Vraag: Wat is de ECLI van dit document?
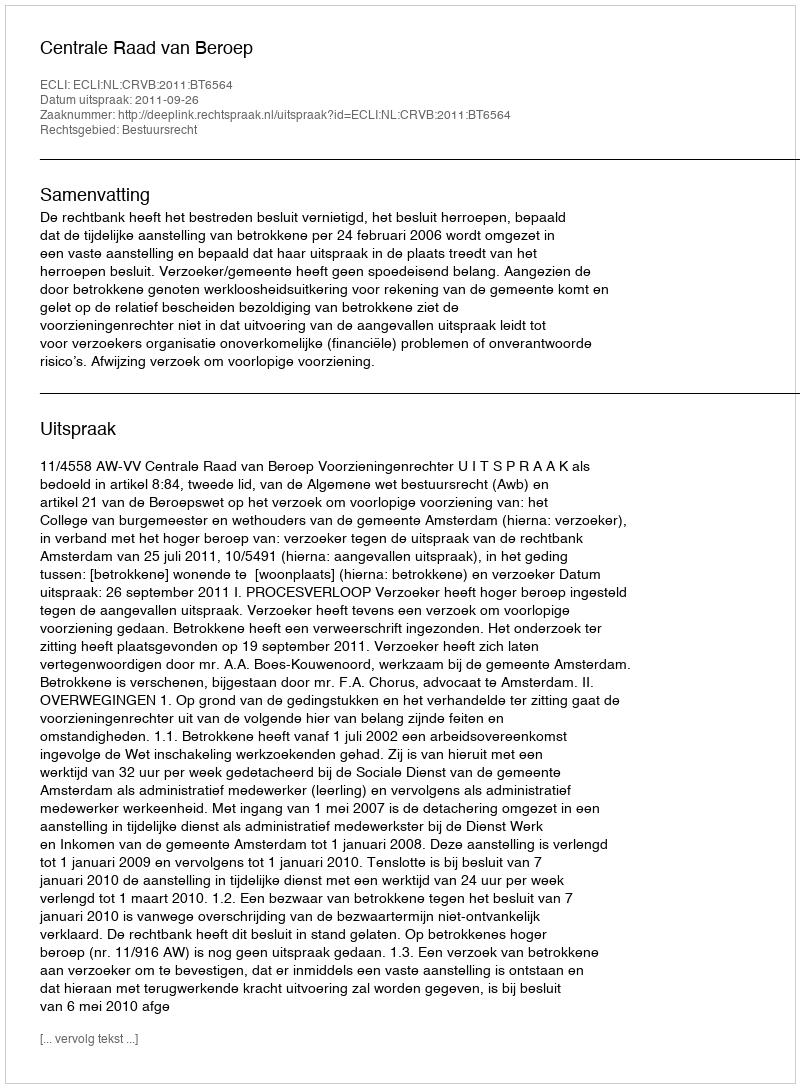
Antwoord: ECLI:NL:CRVB:2011:BT6564